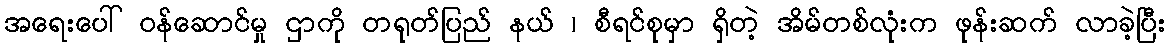
အရေးပေါ် ဝန်ဆောင်မှု ဌာကို တရုတ်ပြည် နယ် ၊ စီရင်စုမှာ ရှိတဲ့ အိမ်တစ်လုံးက ဖုန်းဆက် လာခဲ့ပြီး